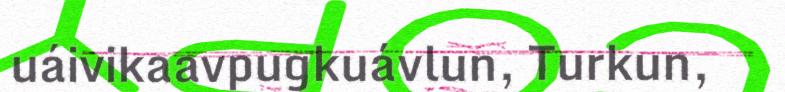
uáivikaavpugkuávlun, Turkun,